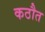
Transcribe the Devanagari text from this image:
कठौत